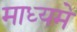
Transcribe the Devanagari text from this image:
माध्‍यमे